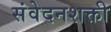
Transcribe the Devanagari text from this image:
संवेदनशक्ती